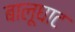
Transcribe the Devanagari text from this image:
बालूघाट